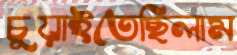
চুয়াইতেছিলাম